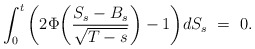
\begin{align*}\int_0^t \bigg(2\Phi\bigg(\frac{S_s-B_s}{\sqrt{T-s}}\bigg) - 1\bigg) dS_s \ = \ 0.\end{align*}